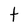
Character: t